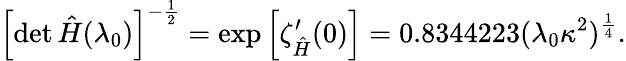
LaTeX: \left[\operatorname*{d\mathrm{e}t}\hat{{H}}(\lambda_{0})\right]^{-\frac{{1}}{{2}}}=\mathrm{{\mathrm{e}xp}}\left[\zeta_{\hat{{H}}}^{\prime}(0)\right]=0.8344223(\lambda_{0}\kappa^{2})^{\frac{{1}}{{4}}}.